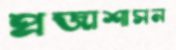
প্রজাশাসন